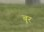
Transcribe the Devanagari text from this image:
बूर